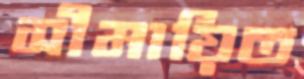
সীমায়িত